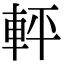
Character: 軯